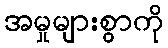
အမှုများစွာကို